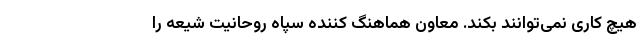
هیچ کاری نمی‌توانند بکند. معاون هماهنگ کننده سپاه روحانیت شیعه را